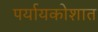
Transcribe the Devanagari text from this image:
पर्यायकोशात